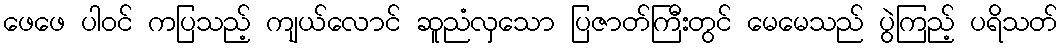
ဖေဖေ ပါဝင် ကပြသည့် ကျယ်လောင် ဆူညံလှသော ပြဇာတ်ကြီးတွင် မေမေသည် ပွဲကြည့် ပရိသတ်